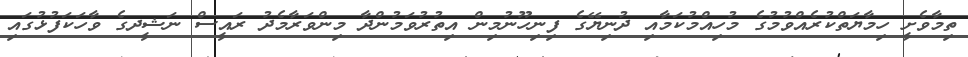
ތިމާވެށީ ހިމާޔަތްކުރެއްވުމުގެ މުހިއްމުކަމާއި ދުނިޔޭގެ ފިނިހޫނުމިން އިތުރުވަމުންދާ މިންވަރާމެދު ރައީސް ނަޝީދގެ ވާހަަކަފުޅުގައި